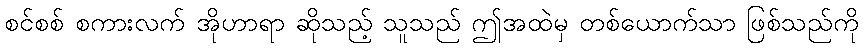
စင်စစ် စကားလက် အိုဟာရာ ဆိုသည့် သူသည် ဤအထဲမှ တစ်ယောက်သာ ဖြစ်သည်ကို